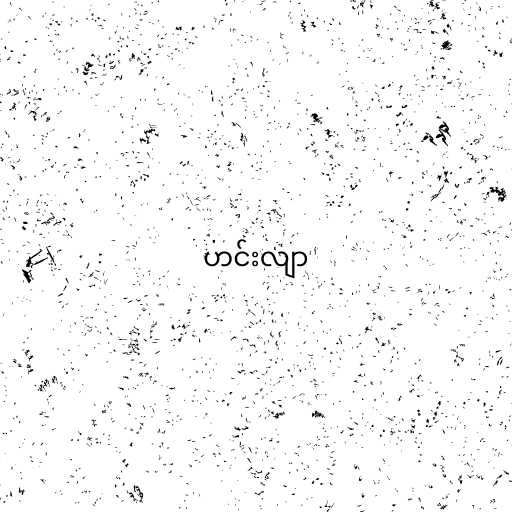
ဟင်းလျာ